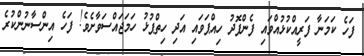
ފަހެ ކަމަނާ ފަރީއްކުޅުއްވައި ފެންފޮދު ހިއްޕަވައި އަދި ހިތްޕުޅު ހަމަޖައްސަވާށެވެ! ފަހެ އިންސާނުންކުރެ